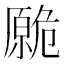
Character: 𱑡